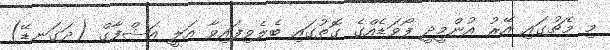
މި މެޗުގައި އޭރު އުންމީދީ ފޯވަޑެއްގެ ގޮތުގައި ބެލެވިފައިވާ އަލީ އަޝްފާގް (ދަގަނޑޭ)